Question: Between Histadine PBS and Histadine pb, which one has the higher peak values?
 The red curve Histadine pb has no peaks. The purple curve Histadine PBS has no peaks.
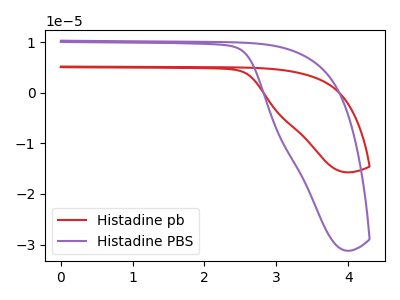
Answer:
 <answer>Niether CV has any peaks.</answer>
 <eval>blanks</eval>